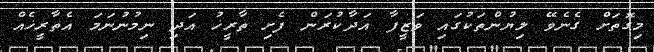
މިގޮތަށް ގެނެވޭ ލިޔުންތަކުގައި ވަޒީފާ އަދާކުރަން ފެށި ތާރީޚު އަދި ނިމުނުނަމަ އެތާރީޚެއް